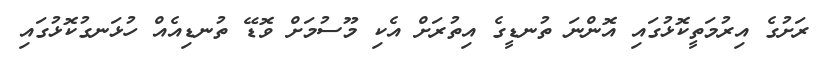
ރަށުގެ އިރުމަތީކޮޅުގައި އޮންނަ ތުނޑީގެ އިތުރަށް އެކި މޫސުމަށް ވޮޑޭ ތުނޑިއެއް ހުޅަނގުކޮޅުގައި